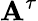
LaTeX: \mathbf{A}^{\tau}